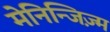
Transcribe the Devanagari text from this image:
मेनिन्जिज़्म